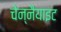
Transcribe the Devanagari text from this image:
चेन्नैयाइट